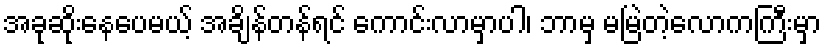
အခုဆိုးနေပေမယ့် အချိန်တန်ရင် ကောင်းလာမှာပါ၊ ဘာမှ မမြဲတဲ့လောကကြီးမှာ